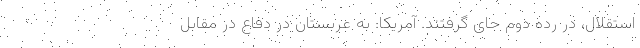
استقلال، در رده دوم جای گرفتند. آمریکا: به عربستان در دفاع در مقابل